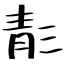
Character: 𩇕